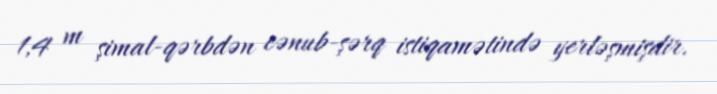
1,4 m şimal-qərbdən cənub-şərq istiqamətində yerləşmişdir.